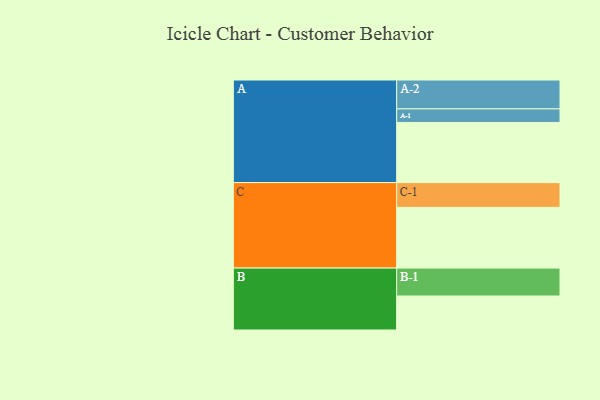
{"axis": {"x": "Segment", "y": "Value"}, "legend": ["", "A", "B", "C"], "data": [{"x": "A", "y": 541, "type": ""}, {"x": "B", "y": 306, "type": ""}, {"x": "C", "y": 546, "type": ""}, {"x": "A-1", "y": 122, "type": "A"}, {"x": "A-2", "y": 260, "type": "A"}, {"x": "B-1", "y": 251, "type": "B"}, {"x": "C-1", "y": 223, "type": "C"}]}